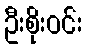
ဦးစိုးဝင်း